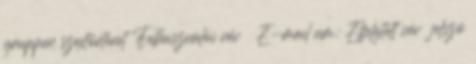
gruppen szextörténet Felhasználói név E-mail cím: Elfelejtett név jelszó